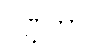
ဂဏ္ဌိကာ